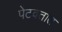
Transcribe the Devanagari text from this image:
पेटवतात